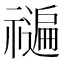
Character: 𮂝